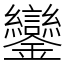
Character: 鑾